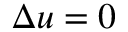
\boldsymbol { \Delta } u = 0